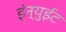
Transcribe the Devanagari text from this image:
इंन्युईट